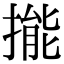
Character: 㨢